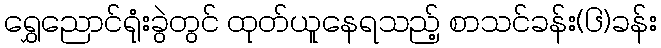
ရွှေညောင်ရုံးခွဲတွင် ထုတ်ယူနေရသည့် စာသင်ခန်း(၆)ခန်း